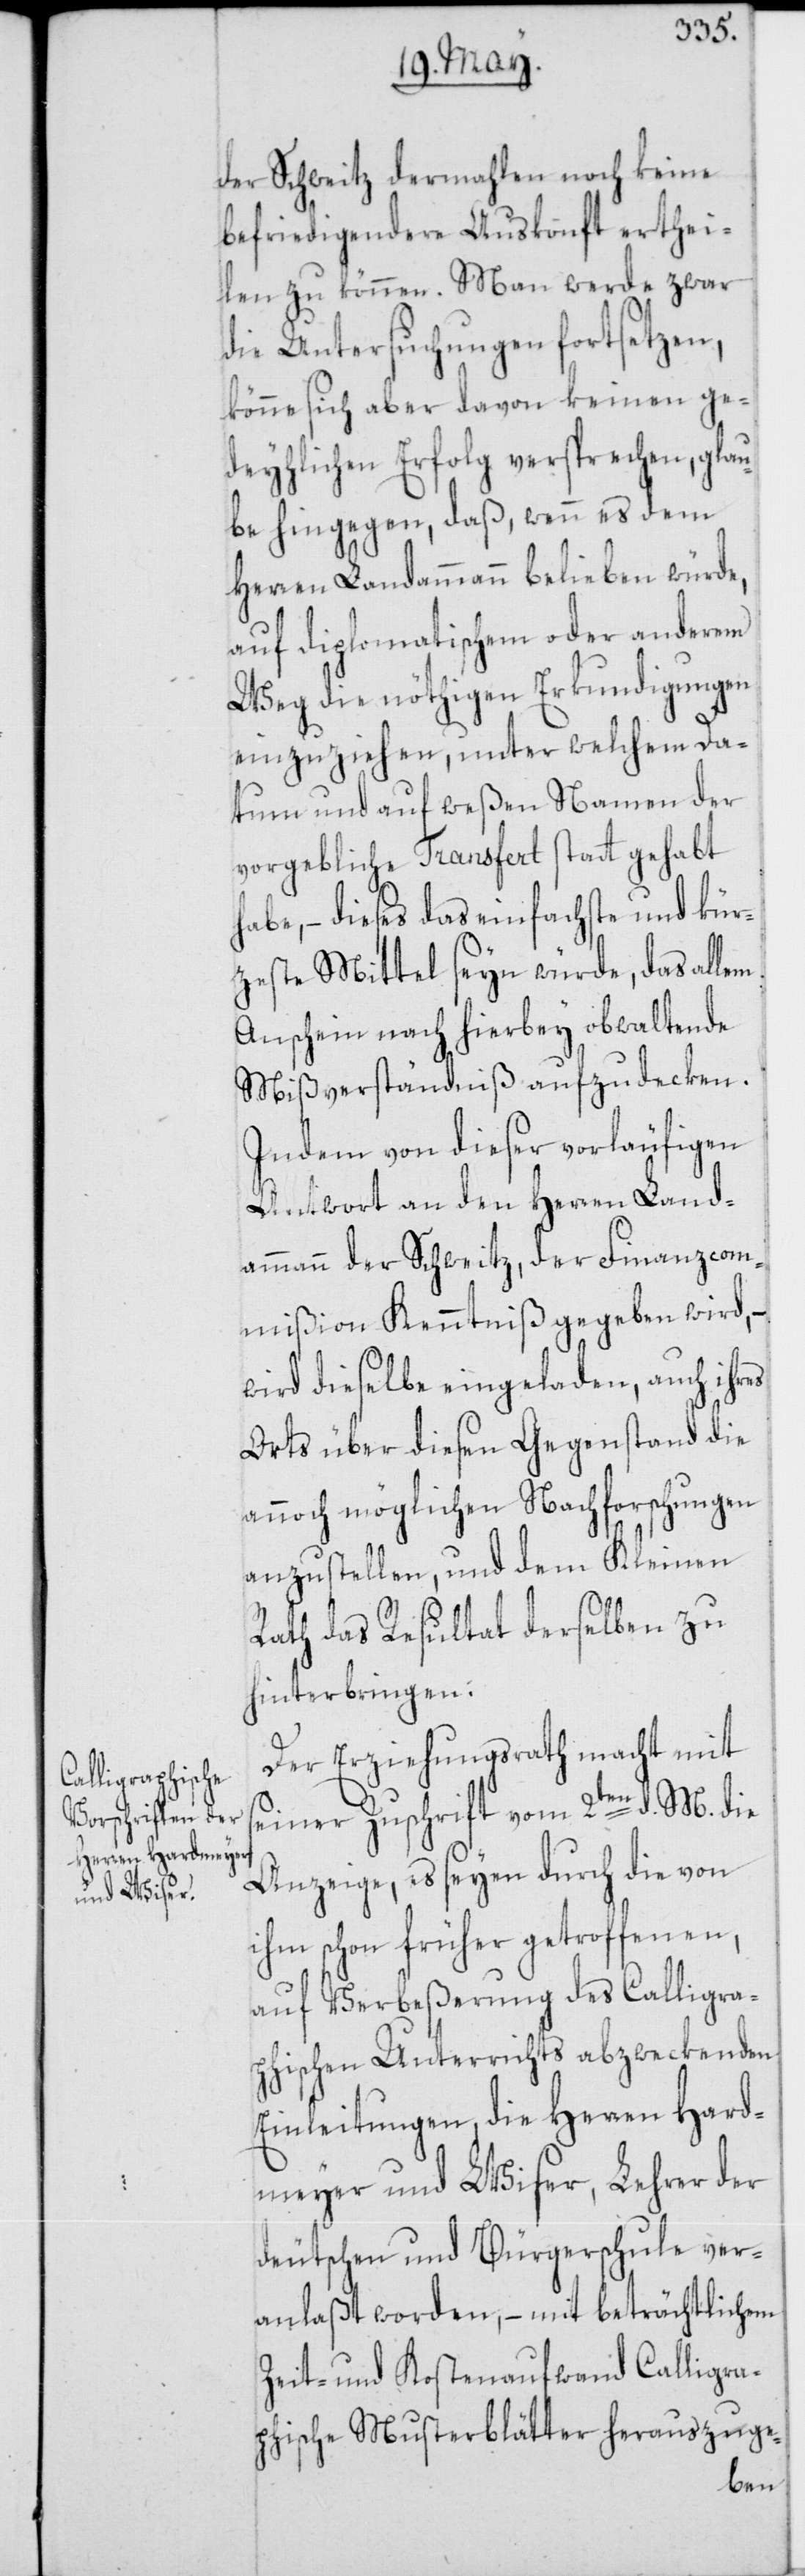
der Schweitz dermahlen noch keine
befriedigendere Auskonft erthei¬
len zu können. Man werde zwar
die Untersuchungen fortsetzen,
könne sich aber davon keinen ge¬
deyhlichen Erfolg versprechen, glau¬
be hingegen, daß, wenn es dem
Herren Landammann belieben würde,
auf Diplomatischem oder anderem
Weg die nöthigen Erkundigungen
einzuziehen, unter welchem Da¬
tum und auf weßen Namen der
vorgebliche Transfert statt gehabt
habe, – dieses das einfachste und kür¬
zeste Mittel seyn würde, das allem
Anschein nach hierbey obwaltende
Mißverständnis aufzudecken.
Indem von dieser vorläufigen
Antwort an den Herren Land¬
ammann der Schweitz, der Finanzcom¬
mißion Kenntniß gegeben wird, –
wird dieselbe eingeladen, auch ihres
Orts über diesen Gegenstand die
annoch möglichen Nachforschungen
anzustellen, und dem Kleinen
Rath das Resultat derselben zu
hinterbringen.
Der Erziehungsrath macht mit
seiner Zuschrift vom 2ten d. M. die
Anzeige, es seyen durch die von
ihm schon früher getroffenen,
auf Verbeßerung des Calligrap¬
hischen Unterrichts abzweckenden
Einleitungen, die Herren Hard¬
meyer und Wiser, Lehrer der
deutschen und Bürgerschule ver¬
anlaßt worden, – mit beträchtlichem
Zeit- und Kostenaufwand Calligra¬
phische Musterblätter herauszuge-